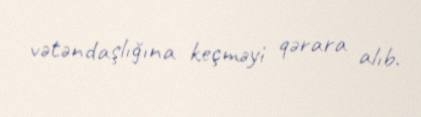
vətəndaşlığına keçməyi qərara alıb.